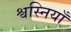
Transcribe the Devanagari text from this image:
श्वस्नियाँ